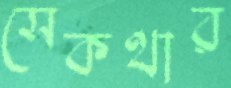
সেকথার